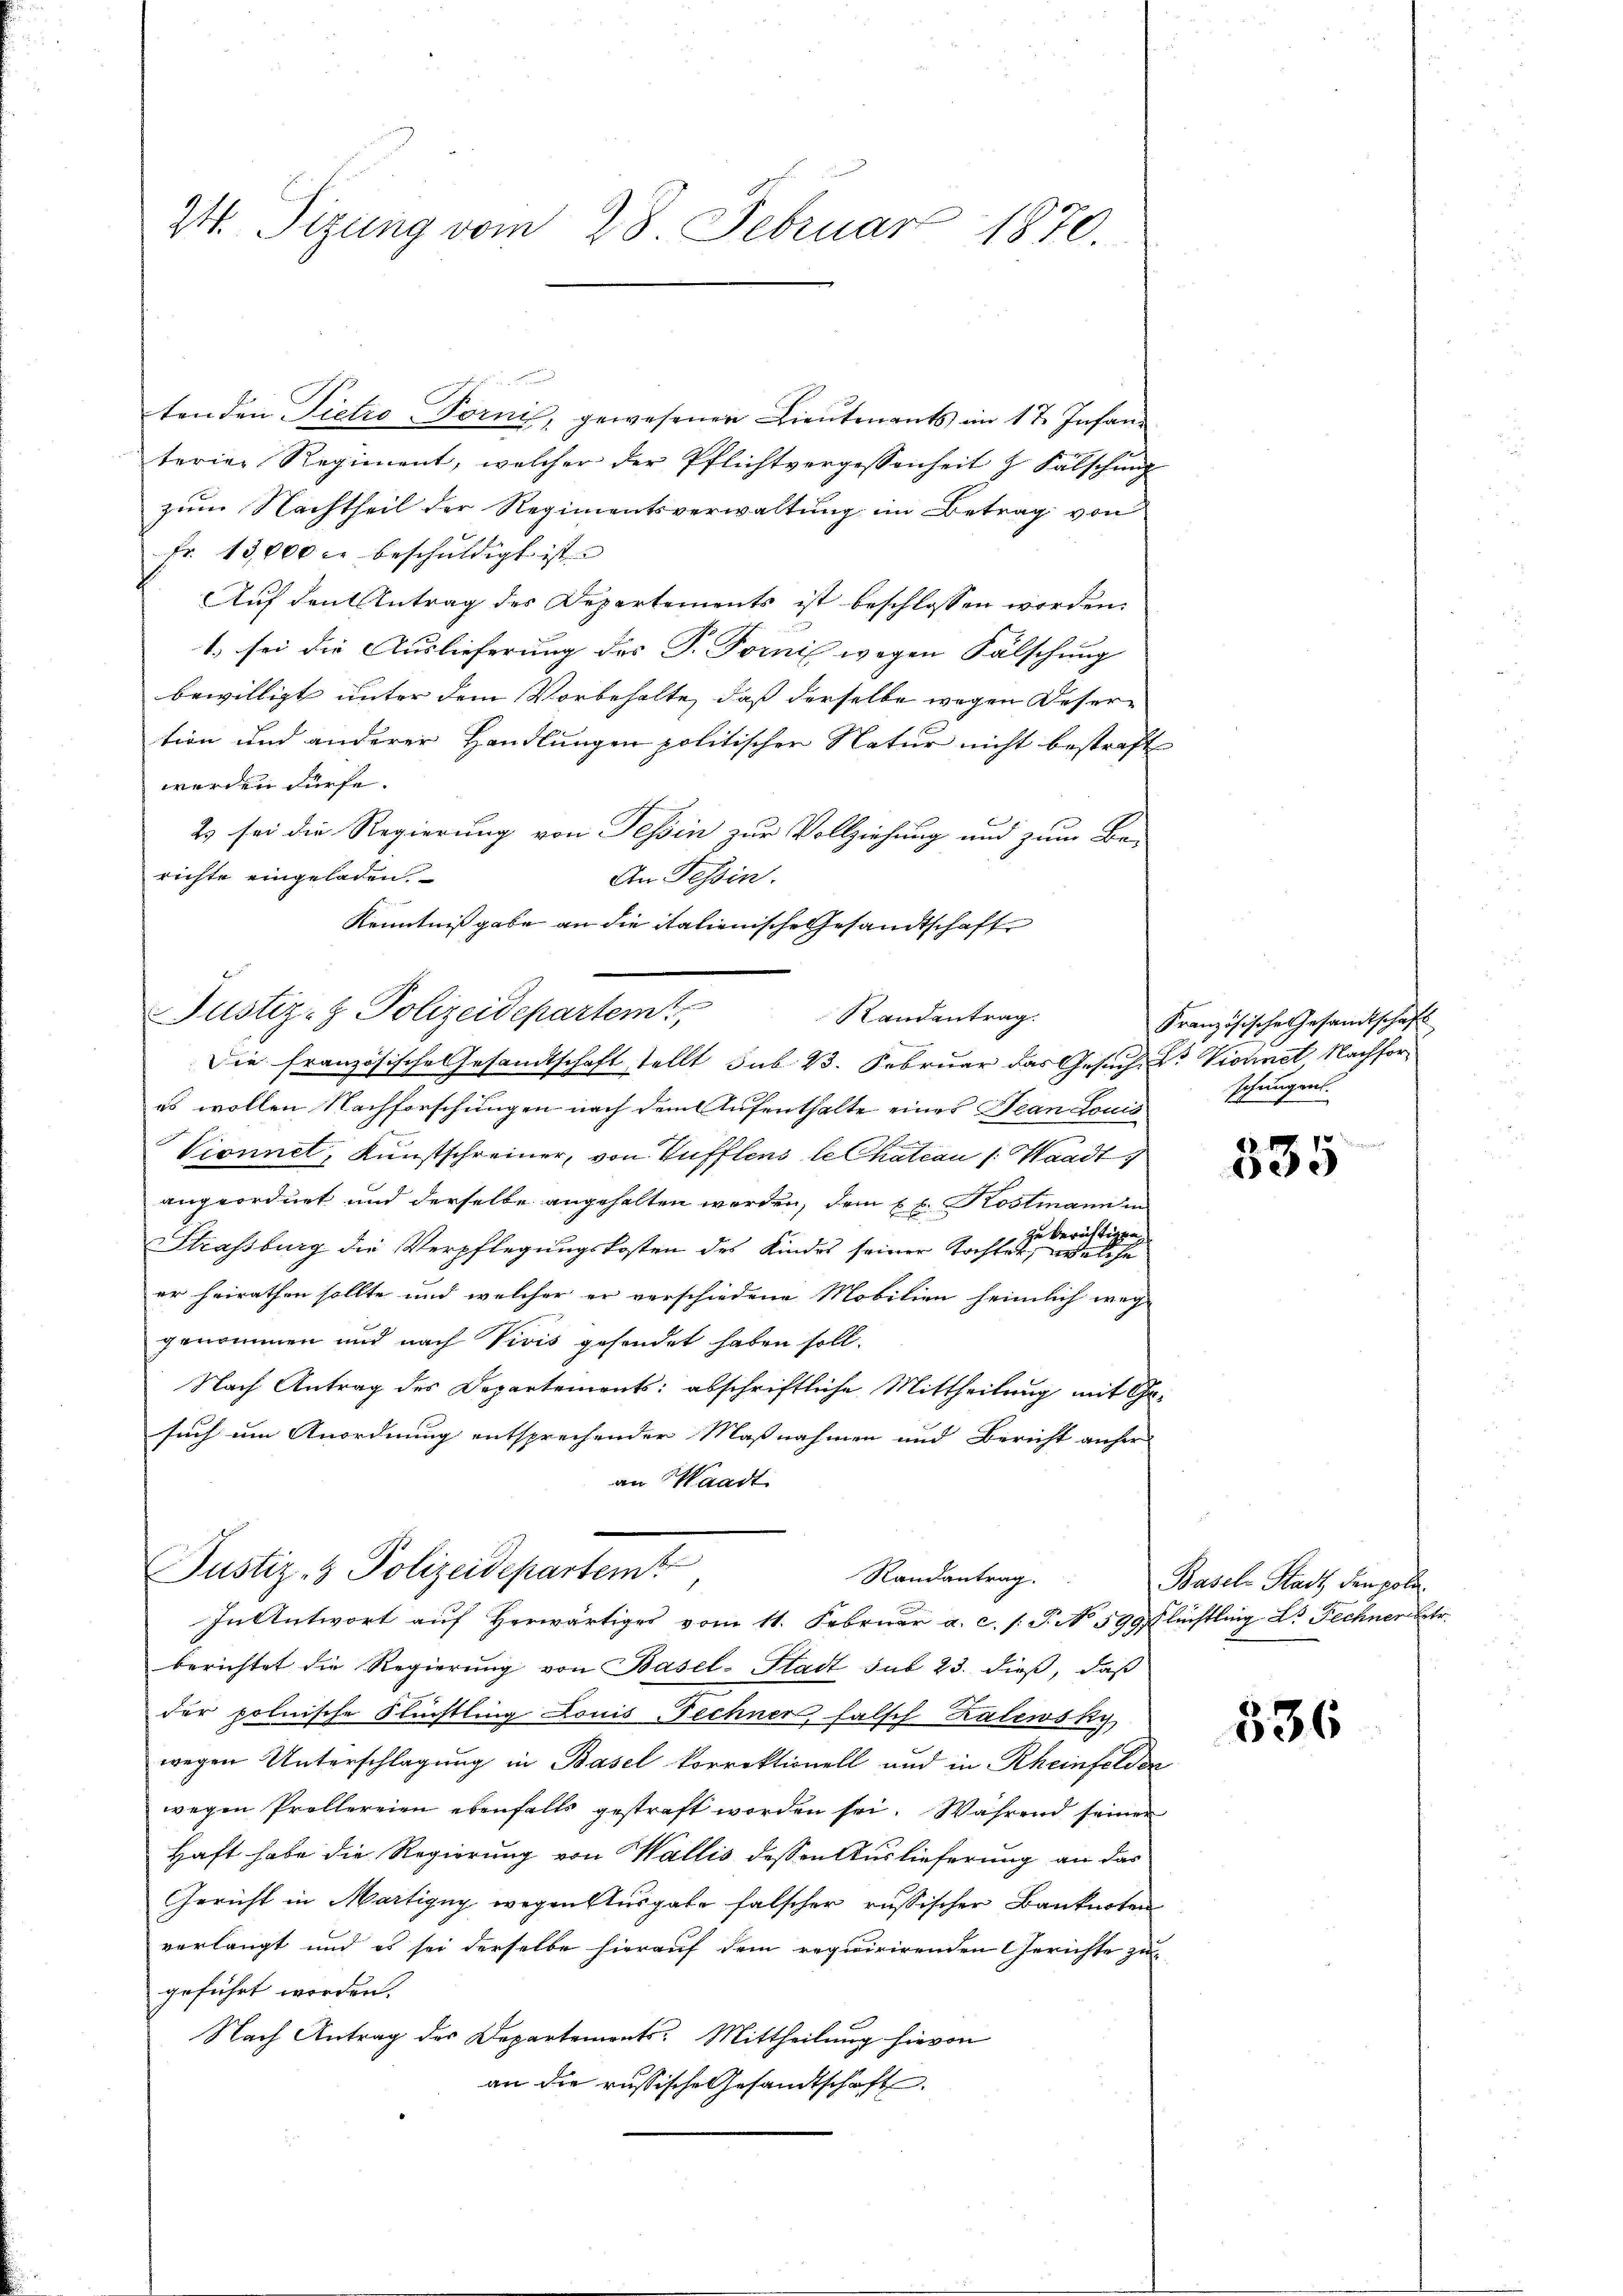
24. Tizung vom 28. Februar 1870.

tenden Pietro Torni, gewesenen Lieutenants im 17. Infan
terier Regiment, welcher der Pflichtvergessenheit z. Falschŭng
zum Nachtheil der Regimentsverwaltung im Betrag von
fr. 13,000 c. beschŭldigt ist.
Auf den Antrag des Departements ist beschlossen worden.
1) sei die Auslieferung des P. Fornis wegen Fälschung
bewilligt unter dem Vorbehalte, daß derselbe wegen Desertion und anderer Handlungen politischer Natur nicht bestraft
werden dürfe.
2) sei die Regierung von Tessin zur Vollziehung und zum Be-
richte eingeladen.
An Tessin.
Kenntnissgabe an die italienische Gesandtschaft
Justiz- & Polizeidepartem
Randantrag.
Die französische Gesandtschaft stellt sub 23. Februar das Gesucher Vionnet, Nachfores wollen Nachforschungen nach dem Aufenthalte eines Jean Louis¬
Vionnel, Kunstschreiner, von Hufflens le Chation (: Waadt
angeordnet und derselbe angehalten werden, dem E. b. Kostmann in
zu berichtigen,
Strassburg die Verpflegungskosten des Kindes seiner Tochter, welche
er heirathen sollte und welcher er verschiedene Mobilien heimlich weg-
genommen und nach Vivis gesendet haben soll.
Nach Antrag des Departements: abschriftliche Mittheilung mit Gesuch um Anordnung entsprechender Maßnahmen und Bericht anher
an Waadt

.

Justiz- & Polizeidepartemt
Randantrag.
In Antwort auf Herwärtiges vom 11. Februar a. c. (: P. No 599 Flüchtling Dr Fechner betr.

berichtet die Regierung von Basel-Stadt sub 23. dieß, daß
der polnische Flüchtling Louis Techner falsch Zalewsky,
wegen Unterschlagung in Basel korrektionell und in Rheinfelder
wegen Prollereien ebenfalls gestraft worden sei. Während seiner
Haft habe die Regierung von Wallis dessen Auslieferung an das
Gericht in Martigny wegen Ausgabe falscher russischer Banknoten
verlangt und es sei derselbe hierauf dem requirirenden Gerichte zugeführt worden.
Nach Antrag des Departemonts. Mittheilung hievon
an die russische Gesandtschaft

Französische Gesandtschaft
schungen.

.17 10
e

Basel Stadt den poli¬

336